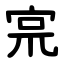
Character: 宺